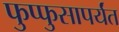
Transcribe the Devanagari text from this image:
फुप्फुसापर्यंत